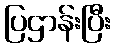
ပြဌာန်းပြီး